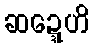
ဆဍ္ဍေဟိ